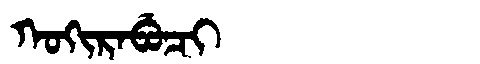
Manchu: ᡴᠣᡴᡳᡵᠠᠪᡠᠴᡳ
Romanization: KOKIRABUCI